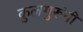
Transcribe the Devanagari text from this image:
कुलगुरूंनी